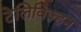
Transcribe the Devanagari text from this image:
टेलिविज्हन